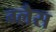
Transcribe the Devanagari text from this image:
ग्लैस